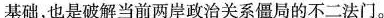
基础，也是破解当前两岸政治关系僵局的不二法门。